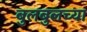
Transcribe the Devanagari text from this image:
बुलबुलच्या